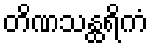
တိဏသန္ထရိကံ